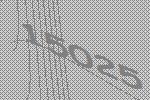
15025